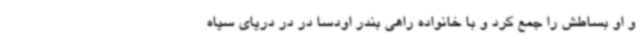
و او بساطش را جمع کرد و با خانواده راهی بندر اودسا در در دریای سیاه